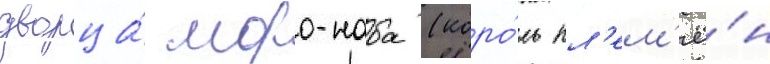
дворца́ моро-наба (коро́ль пл'ем'ё́н